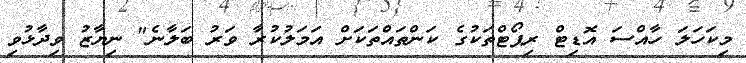
މިކަހަލަ ހާއްސަ އޮޑިޓް ރިޕޯޓްތަކުގެ ކަންތައްތަކަށް އަމަލުކުރާ ވަރު ބަލާނެ" ނިޔާޒު ވިދާޅުވި